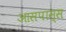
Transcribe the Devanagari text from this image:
आसपास्स